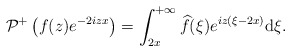
\begin{align*} & \mathcal{P}^+\left(f(z) e^{-2iz x}\right) =\int_{2x}^{+\infty} \widehat{f}(\xi)e^{iz(\xi-2x) }\mathrm{d}\xi.\end{align*}